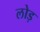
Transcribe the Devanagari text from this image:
लोड़